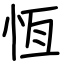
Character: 恆